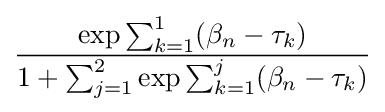
{\frac {\exp {{\sum _{k=1}^{1}(\beta _{n}}-{\tau _{k}})}}{1+\sum _{j=1}^{2}\exp {{\sum _{k=1}^{j}(\beta _{n}}-{\tau _{k}})}}}